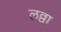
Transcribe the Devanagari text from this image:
लव्वा